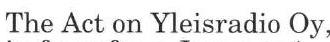
The Act on Yleisradio Oy